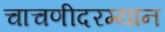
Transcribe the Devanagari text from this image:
चाचणीदरम्यान